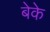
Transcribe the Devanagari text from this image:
बेके